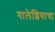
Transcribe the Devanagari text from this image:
गालेशियाचा